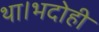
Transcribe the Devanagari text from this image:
था।भदोही